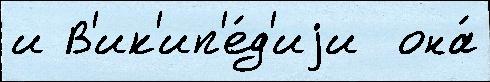
и В'ик'ип'е́д'иjи  она́